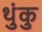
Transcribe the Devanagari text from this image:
थुंकु